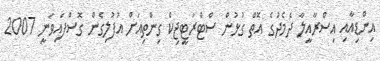
އިންޑިއާއި އިސްރާއީލާ ދެމެދުގެ އޮތް ގުޅުން ސްޓްރަޓީޖިކް ގިންތިއަށް އުފުލިގެން ގޮސްފައިވަނީ 2007